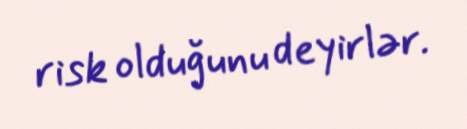
risk olduğunu deyirlər.